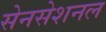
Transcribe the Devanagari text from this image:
सेनसेशनल